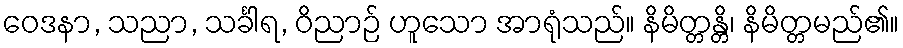
ဝေဒနာ, သညာ, သင်္ခါရ, ဝိညာဉ် ဟူသော အာရုံသည်။ နိမိတ္တန္တိ၊ နိမိတ္တမည်၏။